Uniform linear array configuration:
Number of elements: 8
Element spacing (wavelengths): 1
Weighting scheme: binomial
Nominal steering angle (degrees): -30
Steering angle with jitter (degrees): -28.515
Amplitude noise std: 0.05
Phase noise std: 0.05

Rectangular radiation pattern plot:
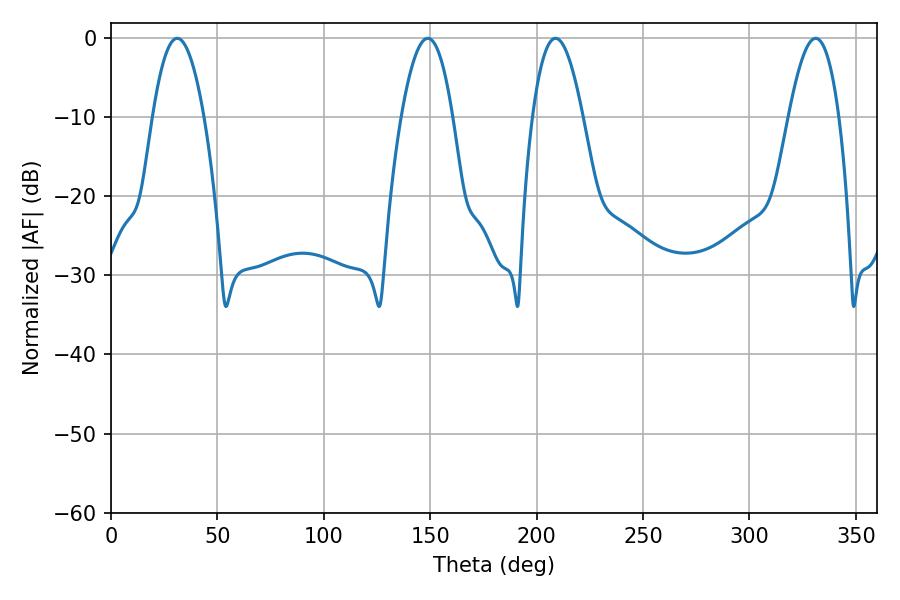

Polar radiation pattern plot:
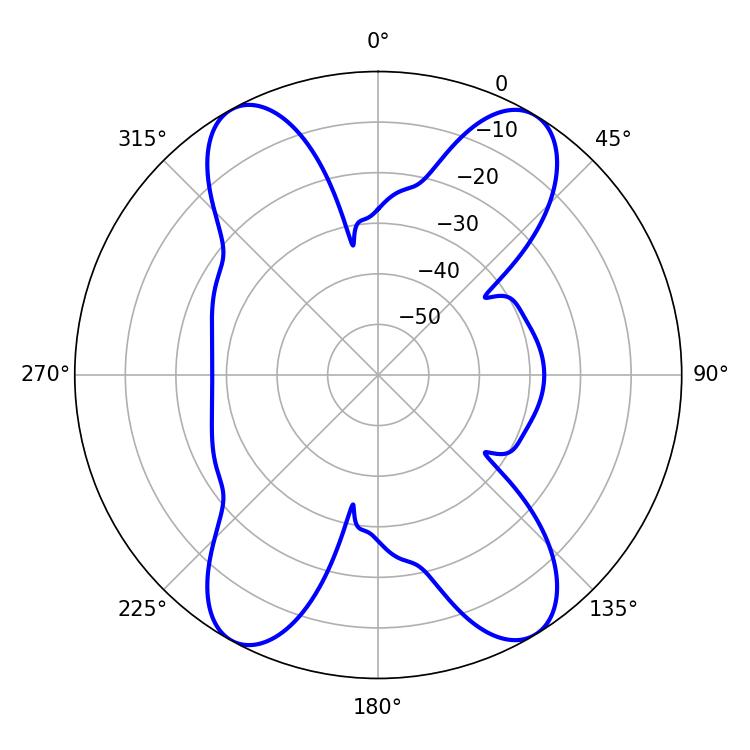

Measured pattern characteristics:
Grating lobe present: TRUE
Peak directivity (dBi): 21.243
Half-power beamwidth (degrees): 13.32
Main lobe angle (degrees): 31.14